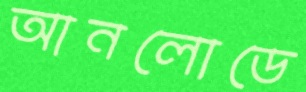
আনলোডে